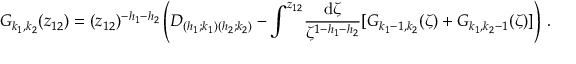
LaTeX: G _ { k _ { 1 } , k _ { 2 } } ( z _ { 1 2 } ) = ( z _ { 1 2 } ) ^ { - h _ { 1 } - h _ { 2 } } \left( D _ { ( h _ { 1 } ; k _ { 1 } ) ( h _ { 2 } ; k _ { 2 } ) } - \int ^ { z _ { 1 2 } } \! \frac { \mathrm { d } \zeta } { \zeta ^ { 1 - h _ { 1 } - h _ { 2 } } } [ G _ { k _ { 1 } - 1 , k _ { 2 } } ( \zeta ) + G _ { k _ { 1 } , k _ { 2 } - 1 } ( \zeta ) ] \right) \, .